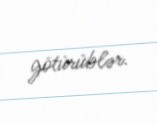
götürüblər.